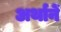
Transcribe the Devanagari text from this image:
अर्थानें